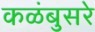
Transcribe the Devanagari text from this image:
कळंबुसरे